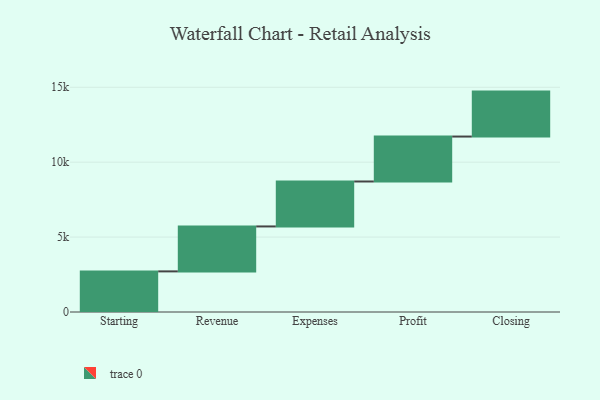
{"axis": {"x": "Step", "y": "Value"}, "legend": [""], "data": [{"x": "Starting", "y": 2711.0, "type": ""}, {"x": "Revenue", "y": 3000, "type": ""}, {"x": "Expenses", "y": 3000, "type": ""}, {"x": "Profit", "y": 3000, "type": ""}, {"x": "Closing", "y": 3000, "type": ""}]}